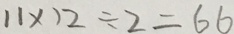
1 1 \times 1 2 \div 2 = 6 6